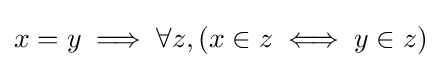
x=y\implies \forall z,(x\in z\iff y\in z)